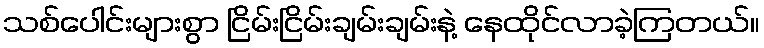
သစ်ပေါင်းများစွာ ငြိမ်းငြိမ်းချမ်းချမ်းနဲ့ နေထိုင်လာခဲ့ကြတယ်။